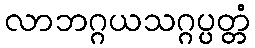
လာဘဂ္ဂယသဂ္ဂပ္ပတ္တံ